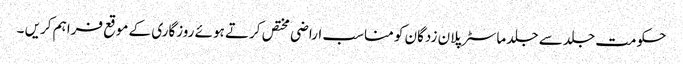
حکومت جلد سے جلد ماسٹر پلان زدگان کو مناسب اراضی مختص کرتے ہوئے روزگاری کے موقع فراہم کریں ۔